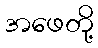
အဖေတို့